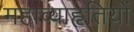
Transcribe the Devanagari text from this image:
महाव्याहृतियों